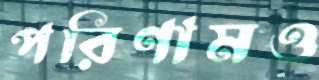
পরিণামও